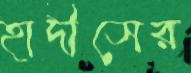
হাদীসের